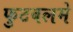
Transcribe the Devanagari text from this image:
फुटबलमे